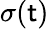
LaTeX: \sigma(\mathsf{t})